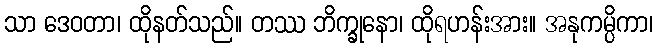
သာ ဒေဝတာ၊ ထိုနတ်သည်။ တဿ ဘိက္ခုနော၊ ထိုရဟန်းအား။ အနုကမ္ပိကာ၊